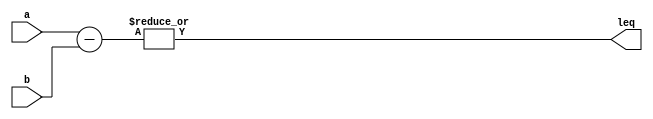
module less_than_or_equal_to(
  input [7:0] a,
  input [7:0] b,
  output leq
);

  wire [7:0] subtract_result;

  assign subtract_result = a - b;

  assign leq = |subtract_result[7:0];
  
endmodule